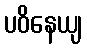
ပဝိနေယျ